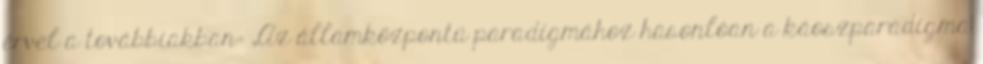
érvel a továbbiakban: „Az államközpontú paradigmához hasonlóan a káoszparadigma